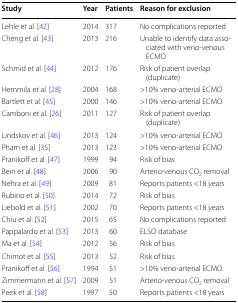
<table><thead><tr><td><b>Study</b></td><td><b>Year</b></td><td><b>Patients</b></td><td><b>Reason for exclusion</b></td></tr></thead><tbody><tr><td>Lehle et al. [42]</td><td>2014</td><td>317</td><td>No complications reported</td></tr><tr><td>Cheng et al. [43]</td><td>2013</td><td>216</td><td>Unable to identify data associated with veno-venous ECMO</td></tr><tr><td>Schmid et al. [44]</td><td>2012</td><td>176</td><td>Risk of patient overlap (duplicate)</td></tr><tr><td>Hemmila et al. [28]</td><td>2004</td><td>168</td><td>&gt;10% veno-arterial ECMO</td></tr><tr><td>Bartlett et al. [45]</td><td>2000</td><td>146</td><td>&gt;10% veno-arterial ECMO</td></tr><tr><td>Camboni et al. [26]</td><td>2011</td><td>127</td><td>Risk of patient overlap (duplicate)</td></tr><tr><td>Lindskov et al. [46]</td><td>2013</td><td>124</td><td>&gt;10% veno-arterial ECMO</td></tr><tr><td>Pham et al. [35]</td><td>2013</td><td>123</td><td>&gt;10% veno-arterial ECMO</td></tr><tr><td>Pranikoff et al. [47]</td><td>1999</td><td>94</td><td>Risk of bias</td></tr><tr><td>Bein et al. [48]</td><td>2006</td><td>90</td><td>Arterio-venous CO<sub>2</sub> removal</td></tr><tr><td>Nehra et al. [49]</td><td>2009</td><td>81</td><td>Reports patients &lt;18 years</td></tr><tr><td>Rubino et al. [50]</td><td>2014</td><td>72</td><td>Risk of bias</td></tr><tr><td>Liebold et al. [51]</td><td>2002</td><td>70</td><td>Reports patients &lt;18 years</td></tr><tr><td>Chiu et al. [52]</td><td>2015</td><td>65</td><td>No complications reported</td></tr><tr><td>Pappalardo et al. [53]</td><td>2013</td><td>60</td><td>ELSO database</td></tr><tr><td>Ma et al. [54]</td><td>2012</td><td>56</td><td>Risk of bias</td></tr><tr><td>Chimot et al. [55]</td><td>2013</td><td>52</td><td>Risk of bias</td></tr><tr><td>Pranikoff et al. [56]</td><td>1994</td><td>51</td><td>&gt;10% veno-arterial ECMO</td></tr><tr><td>Zimmermann et al. [57]</td><td>2009</td><td>51</td><td>Arterio-venous CO<sub>2</sub> removal</td></tr><tr><td>Peek et al. [58]</td><td>1997</td><td>50</td><td>Reports patients &lt;18 years</td></tr></tbody></table>